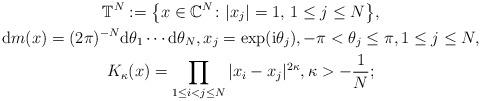
LaTeX: \begin{gather*}\mathbb{T}^{N} :=\big\{ x\in\mathbb{C}^{N}\colon \vert x_{j} \vert =1,\, 1\leq j\leq N\big\} ,\\\mathrm{d}m(x) =(2\pi) ^{-N}\mathrm{d}\theta_{1}\cdots\mathrm{d}\theta_{N},x_{j}=\exp( \mathrm{i}\theta _{j}) , -\pi<\theta_{j}\leq\pi, 1\leq j\leq N,\\K_{\kappa}(x) =\prod_{1\leq i<j\leq N}\vert x_{i}-x_{j}\vert ^{2\kappa}, \kappa>-\frac{1}{N};\end{gather*}